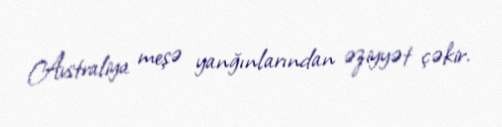
Avstraliya meşə yanğınlarından əziyyət çəkir.